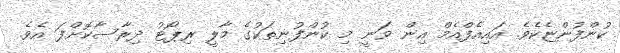
ކުންފުންޏެކެވެ. އައިއެފްއެމް އިން ވަނީ މި ކުންފުނިތަކުގެ މާލީ ރިޕޯޓު ދިރާސާކޮށްފަ އެވެ.